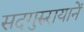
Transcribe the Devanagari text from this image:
सदगुरुरायानें